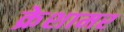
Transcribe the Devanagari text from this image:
क्रेशामर